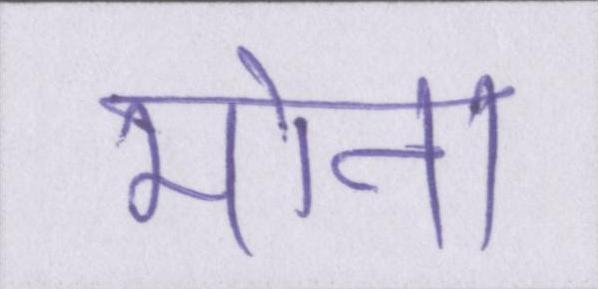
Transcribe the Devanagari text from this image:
मोना